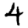
Digit: 4